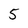
Character: 5